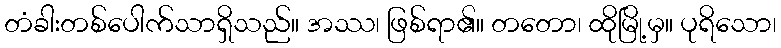
တံခါးတစ်ပေါက်သာရှိသည်။ အဿ၊ ဖြစ်ရာ၏။ တတော၊ ထိုမြို့မှ။ ပုရိသော၊